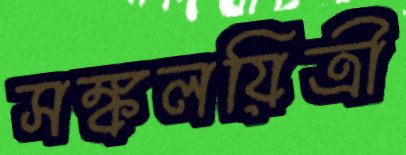
সঙ্কলয়িত্রী